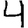
Digit: 4